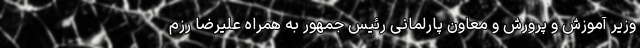
وزیر آموزش و پرورش و معاون پارلمانی رئیس جمهور به همراه علیرضا رزم